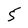
Character: 5